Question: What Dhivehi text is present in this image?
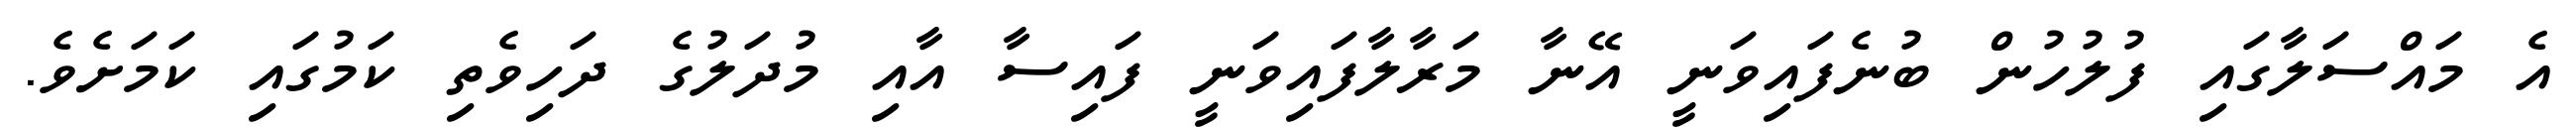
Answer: އެ މައްސަލާގައި ފުލުހުން ބުނެފައިވަނީ އޭނާ މަރާލާފައިވަނީ ފައިސާ އާއި މުދަލުގެ ދަހިވެތި ކަމުގައި ކަމަށެވެ.